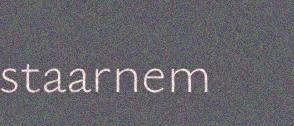
staarnem